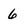
Character: 6